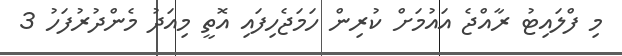
މި ފްލައިޓު ރާއްޖެ އައުމަށް ކުރިން ހަމަޖެހިފައި އޮތީ މިއަދު މެންދުރުފަހު 3